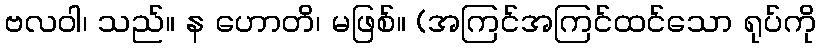
ဗလဝါ၊ သည်။ န ဟောတိ၊ မဖြစ်။ (အကြင်အကြင်ထင်သော ရုပ်ကို